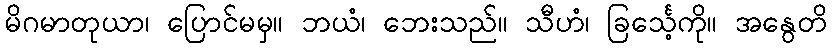
မိဂမာတုယာ၊ ပြောင်မမှ။ ဘယံ၊ ဘေးသည်။ သီဟံ၊ ခြင်္သေ့ကို။ အနွေတိ